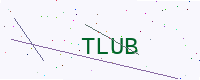
Text: TLUB